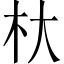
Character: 杕